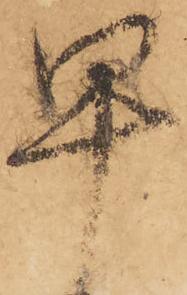
早